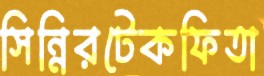
সিন্নিরটেকফিতা